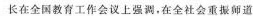
长在全国教育工作会议上强调，在全社会重振师道